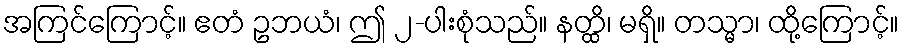
အကြင်ကြောင့်။ ဧတံ ဥဘယံ၊ ဤ ၂-ပါးစုံသည်။ နတ္ထိ၊ မရှိ။ တသ္မာ၊ ထို့ကြောင့်။